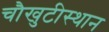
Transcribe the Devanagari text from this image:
चौखुटीस्थान